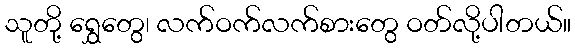
သူတို့ ရွှေတွေ၊ လက်ဝက်လက်စားတွေ ဝတ်လို့ပါတယ်။